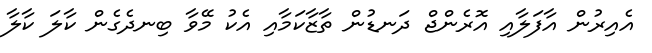
އެއިރުން އާފަލާއި އޮރެންޖް ދަނޑުން ތާޒާކަމާއި އެކު މޭވާ ބިނދެގެން ކާލަ ކާލާ